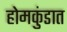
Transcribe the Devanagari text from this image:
होमकुंडात